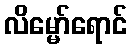
လိမ္မော်ရောင်